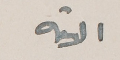
الاتيه